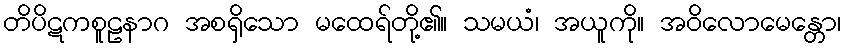
တိပိဋကစူဠနာဂ အစရှိသော မထေရ်တို့၏။ သမယံ၊ အယူကို။ အဝိလောမေန္တော၊